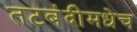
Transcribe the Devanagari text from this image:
तटबंदीमधेच